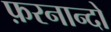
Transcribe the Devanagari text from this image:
फ़रनान्दो